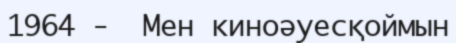
1964 -  Мен киноәуесқоймын